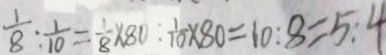
\frac { 1 } { 8 } : \frac { 1 } { 1 0 } = \frac { 1 } { 8 } \times 8 0 : \frac { 1 } { 1 0 } \times 8 0 = 1 0 : 8 = 5 : 4